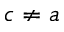
c \neq a